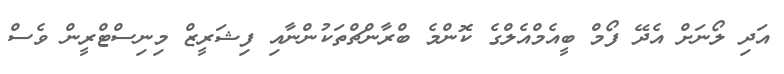
އަދި ލޯނަށް އެދޭ ފޯމް ބީއެމްއެލްގެ ކޮންމެ ބްރާންޗްތަކުންނާއި ފިޝަރީޒް މިނިސްޓްރީން ވެސް